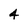
Character: 4